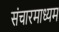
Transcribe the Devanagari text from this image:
संचारमाध्यम